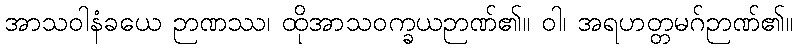
အာသဝါနံခယေ ဉာဏဿ၊ ထိုအာသဝက္ခယဉာဏ်၏။ ဝါ၊ အရဟတ္တမဂ်ဉာဏ်၏။